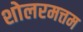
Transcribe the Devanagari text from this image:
शोलरमत्तम